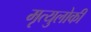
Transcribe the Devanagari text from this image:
मृत्युलोकीं